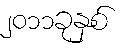
၂၀၁၁ခုနှစ်